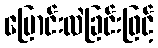
ပြောင်းလဲခြင်းဖြင့်